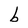
Character: b